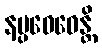
နပ္ပဝေဓေန္တိ